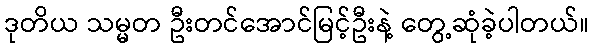
ဒုတိယ သမ္မတ ဦးတင်အောင်မြင့်ဦးနဲ့ တွေ့ဆုံခဲ့ပါတယ်။